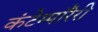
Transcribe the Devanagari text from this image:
कंटेम्पॉरेरी